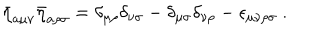
\bar { \eta } _ { a \mu \nu } \bar { \eta } _ { a \rho \sigma } = \delta _ { \mu \rho } \delta _ { \nu \sigma } - \delta _ { \mu \sigma } \delta _ { \nu \rho } - \epsilon _ { \mu \nu \rho \sigma } \ .